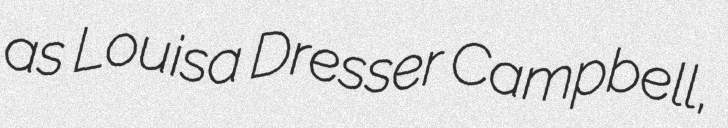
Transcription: as Louisa Dresser Campbell,